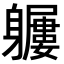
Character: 𨊖